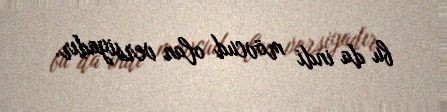
bu da indi mövcud olan versiyadır.